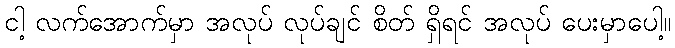
ငါ့ လက်အောက်မှာ အလုပ် လုပ်ချင် စိတ် ရှိရင် အလုပ် ပေးမှာပေါ့။